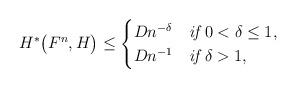
LaTeX: \begin{align*}H^*\bigl(F^n,H\bigr)&\leq \begin{cases}Dn^{-\delta}& \emph{if}\ 0<\delta\leq1,\\Dn^{-1} & \emph{if}\ \delta>1,\end{cases} \end{align*}